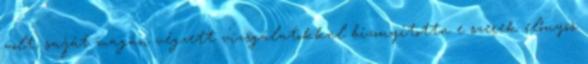
volt, saját magán végzett vizsgálatokkal bizonyította e szerek előnyös